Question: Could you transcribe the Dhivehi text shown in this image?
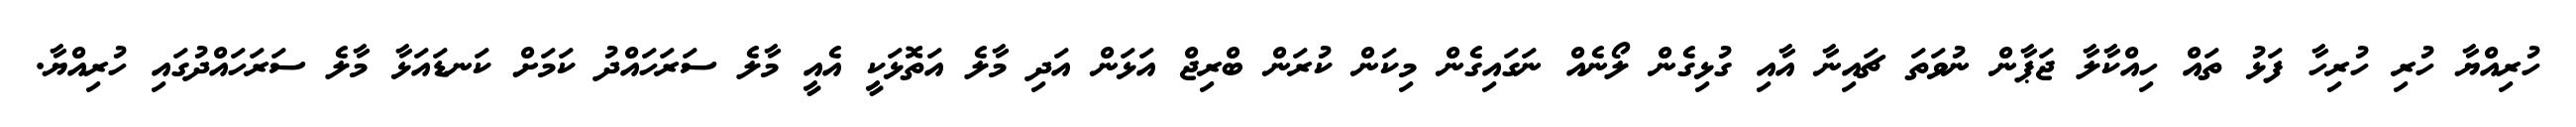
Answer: ހުރިއްޔާ ހުރި ހުރިހާ ފަޅު ތައް ހިއްކާލާ ޖަޕާން ނުވަތަ ޗައިނާ އާއި ގުޅިގެން ލޯނެއް ނަގައިގެން މިކަން ކުރަން ބްރިޖް އަޅަން އަދި މާލެ އަތޮޅަކީ އެއީ މާލެ ސަރަހައްދު ކަމަށް ކަނޑައަޅާ މާލެ ސަރަހައްދުގައި ހުރިއްޔާ.